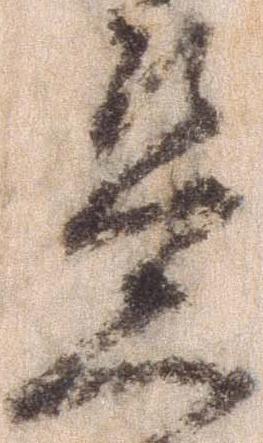
笠